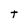
Character: t